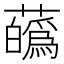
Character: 蘤